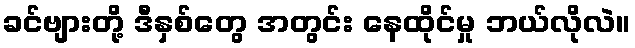
ခင်ဗျားတို့ ဒီနှစ်တွေ အတွင်း နေထိုင်မှု ဘယ်လိုလဲ။